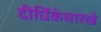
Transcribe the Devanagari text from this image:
दीर्घिकेसारखे